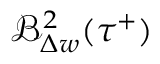
\mathcal { B } _ { \Delta w } ^ { 2 } ( \tau ^ { + } )